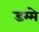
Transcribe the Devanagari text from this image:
डम्मे